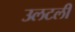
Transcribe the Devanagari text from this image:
उलटली